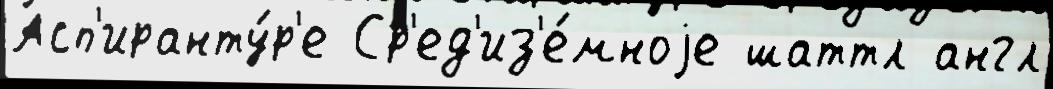
Асп'иранту́р'е Ср'ед'из'е́мноjе шаттл англ